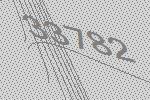
33782